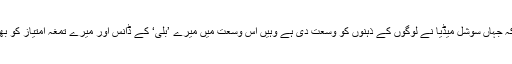
انہوں آخر میں کہا کہ جہاں سوشل میڈیا نے لوگوں کے ذہنوں کو وسعت دی ہے وہیں اس وسعت میں میرے ’بلی‘ کے ڈانس اور میرے تمغہ امتیاز کو بھی جگہ دے دیجئے۔